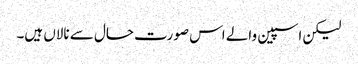
لیکن اسپین والے اس صورت حال سے نالاں ہیں۔